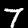
Label: 7